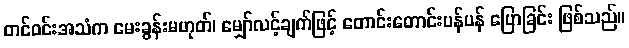
တင်ဝင်းအသံက မေးခွန်းမဟုတ်၊ မျှော်လင့်ချက်ဖြင့် တောင်းတောင်းပန်ပန် ပြောခြင်း ဖြစ်သည်။